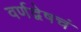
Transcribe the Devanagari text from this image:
वर्णद्वेषचं